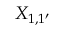
X _ { 1 , 1 ^ { \prime } }